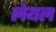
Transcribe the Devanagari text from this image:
लेयल